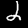
Digit: 2